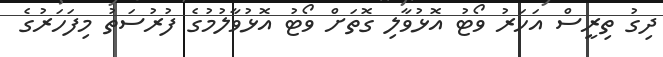
ދިގު ތިރީސް އަހަރު ވޯޓު އޮޅުވާލި ގޮތަށް ވޯޓު އޮޅުވާލުމުގެ ފުރުސަތު މިފަހަރުގެ